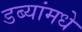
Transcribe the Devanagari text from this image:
डब्यांमधे